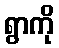
ရွာကို